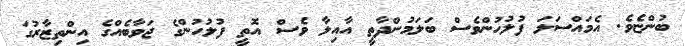
ބުންޏެވެ. އެމައްސަލަ ފުލުހުންވެސް ބަލަމުންދާތީ އާއިލާ ވެސް އޮތީ ފުލުހުންގެ ޖަވާބެއްގެ އިންތިޒާރުގަ